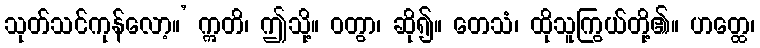
သုတ်သင်ကုန်လော့။’ ဣတိ၊ ဤသို့။ ဝတွာ၊ ဆို၍။ တေသံ၊ ထိုသူကြွယ်တို့၏။ ဟတ္ထေ၊